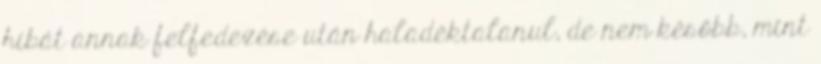
hibát annak felfedezése után haladéktalanul, de nem később, mint